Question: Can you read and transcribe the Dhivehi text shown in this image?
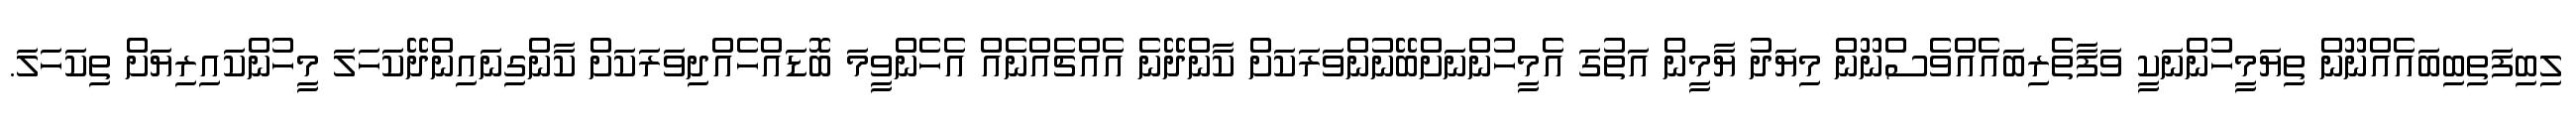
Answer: ލިބިފަތިބިބައެއްނޫން ތިޔަމީހުންނަކީ ވަފާތެރިބައެއްވެސްނޫން މިޔަދު ޔާމީން އަތުގަ އެމީހުންނަށްބޭނުންވަރަކަށް ކާންދޭނެ އެއްޗެއްނެއް އެހެންވީމަ ބޮޑައްހެއްދިވަރަކަށް ކާންގިނައިންދޭކަހަލަ މީހުންކައިރިޔަށް ތިކަހަލަ.